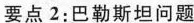
要点2：巴勒斯坦问题